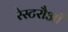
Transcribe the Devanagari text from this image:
रेस्टरौआँ